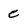
Character: c